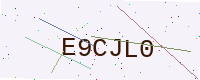
Text: E9CJL0